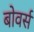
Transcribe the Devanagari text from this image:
बोवर्स